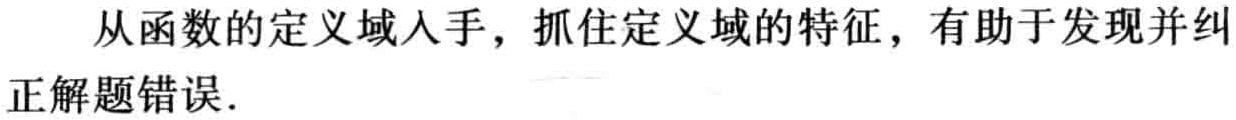
从函数的定义域入手，抓住定义域的特征，有助于发现并纠正解题错误.